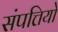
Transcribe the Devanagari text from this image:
संपत्तियो